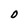
Character: o